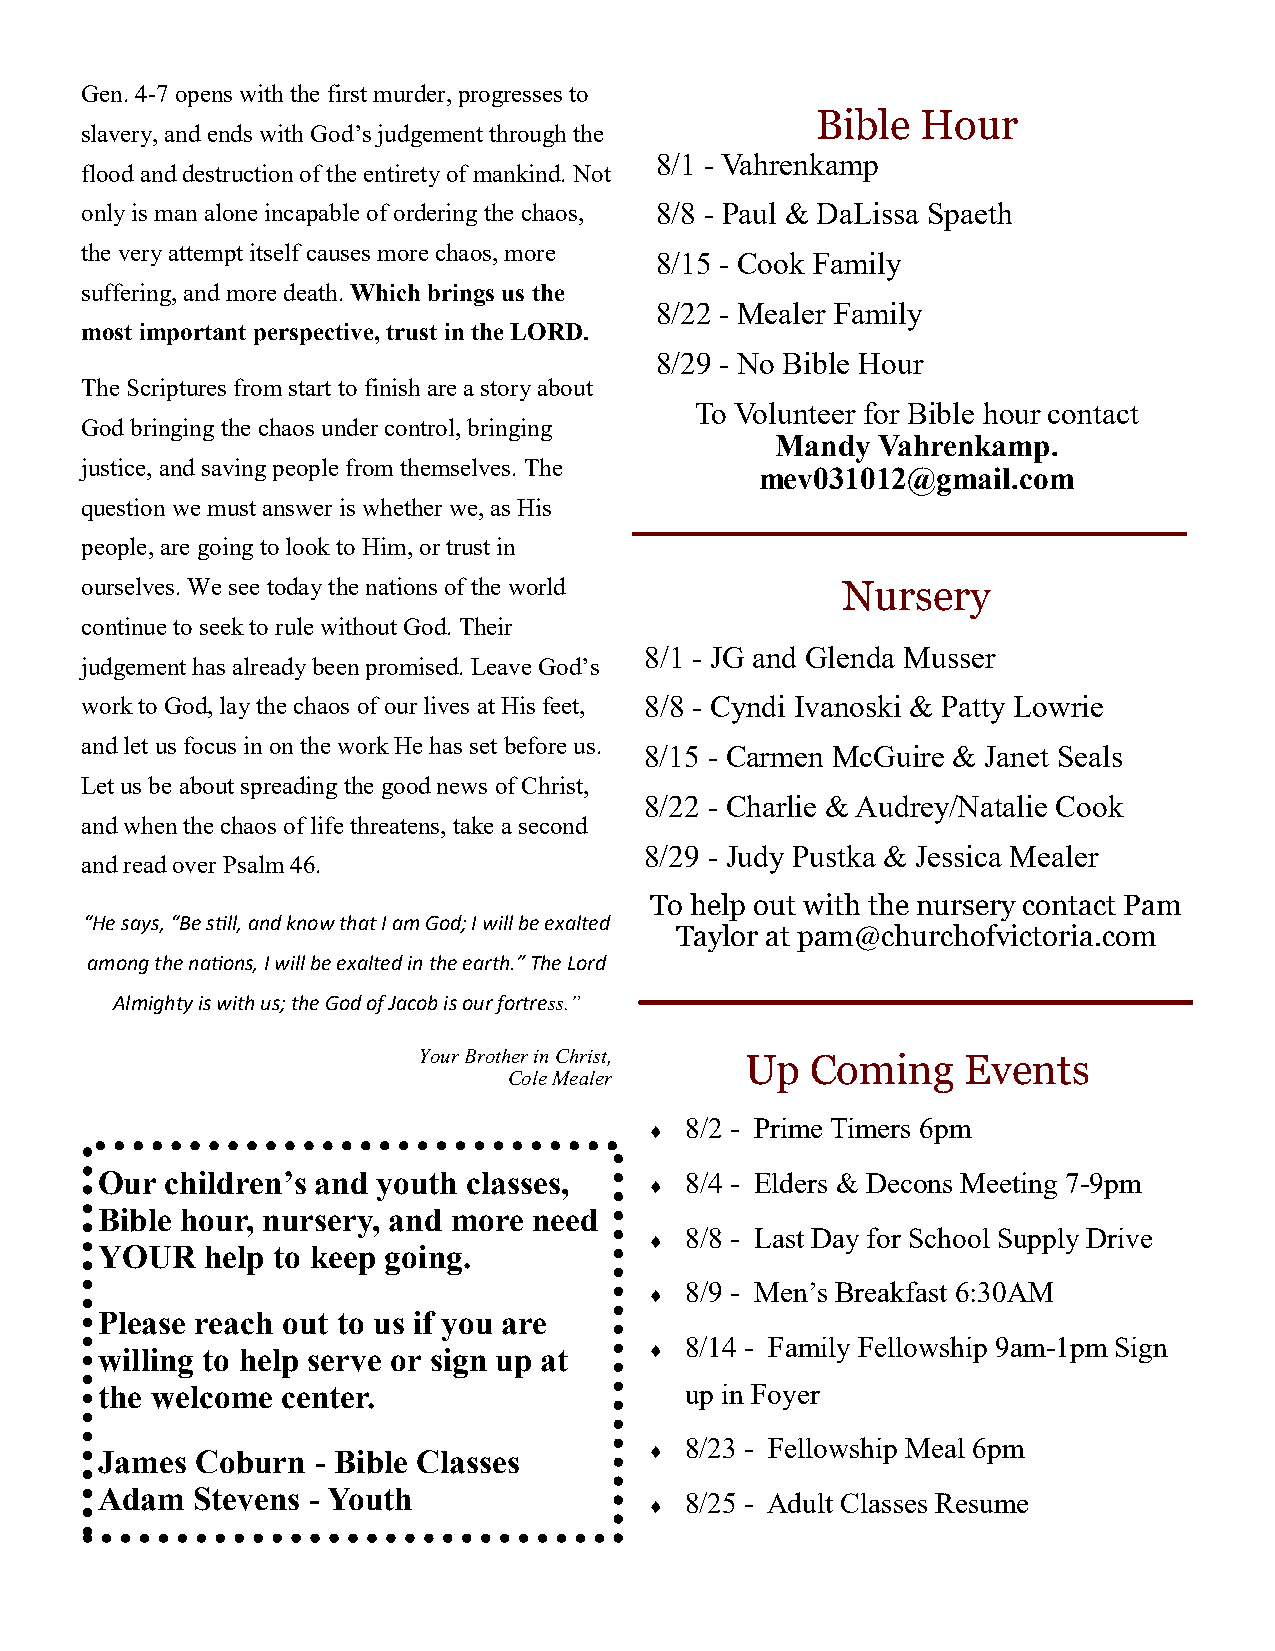
Gen. 4-7 opens with the first murder, progresses to
 Bible  Hour
 slavery, and ends with God’s judgement through the
 8/1 - Vahrenkamp
 flood and destruction of the entirety of mankind. Not
 only is man alone incapable of ordering the chaos, 8/8 - Paul & DaLissa Spaeth
 the very attempt itself causes more chaos, more
 8/15 - Cook Family
 suffering, and more death. Which brings us the
 8/22 - Mealer Family
 most important perspective, trust in the LORD.
 8/29 - No Bible Hour
 The Scriptures from start to finish are a story about
 To Volunteer for Bible hour contact
 God bringing the chaos under control, bringing
 Mandy  Vahrenkamp.
 justice, and saving people from themselves. The
 mev031012@gmail.com
 question we must answer is whether we, as His
 people, are going to look to Him, or trust in
 ourselves. We see today the nations of the world   Nursery
 continue to seek to rule without God. Their
 8/1 - JG and Glenda Musser
 judgement has already been promised. Leave God’s
 work to God, lay the chaos of our lives at His feet, 8/8 - Cyndi Ivanoski & Patty Lowrie
 and let us focus in on the work He has set before us.
 8/15 - Carmen McGuire & Janet Seals
 Let us be about spreading the good news of Christ,
 8/22 - Charlie & Audrey/Natalie Cook
 and when the chaos of life threatens, take a second
 8/29 - Judy Pustka & Jessica Mealer
 and read over Psalm 46.
 To help out with the nursery contact Pam
 “He says, “Be still, and know that I am God; I will be exalted
 Taylor at pam@churchofvictoria.com
 among the nations, I will be exalted in the earth.” The Lord
 Almighty is with us; the God of Jacob is our fortress.”
 Your Brother in Christ, Up Coming   Events
 Cole Mealer
 8/2 - Prime Timers 6pm
 
 Our  children’s and youth classes,     8/4 - Elders & Decons Meeting 7-9pm
 
 Bible hour, nursery, and more need
 8/8 - Last Day for School Supply Drive
 
 YOUR    help to keep going.
 8/9 - Men’s Breakfast 6:30AM
 
 Please reach out to us if you are
 8/14 - Family Fellowship 9am-1pm Sign
 willing to help serve or sign up at  
 the welcome  center.                   up in Foyer
 8/23 - Fellowship Meal 6pm
 James  Coburn  - Bible Classes       
 Adam   Stevens - Youth                 8/25 - Adult Classes Resume
 